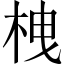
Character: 栧